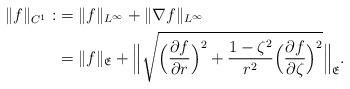
LaTeX: \begin{align*}\|f\|_{C^1}:&=\|f\|_{L^{\infty}}+\|\nabla f\|_{L^{\infty}} \\&=\|f\|_{\mathfrak{E}}+\Big\|\sqrt{\Big(\frac{\partial f}{\partial r}\Big)^2+\frac{1-\zeta^2}{r^2}\Big(\frac{\partial f}{\partial \zeta}\Big)^2}\Big\|_{\mathfrak{E}}.\end{align*}